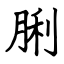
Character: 脷